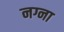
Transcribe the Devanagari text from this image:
नग्ना